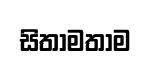
සිතාමතාම